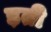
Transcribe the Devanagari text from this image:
ड़ती